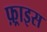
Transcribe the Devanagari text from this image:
फ़्राइस